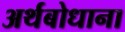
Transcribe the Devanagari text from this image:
अर्थबोधाना